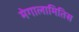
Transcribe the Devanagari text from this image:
मेगालामितिस